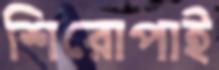
শিরোপাই